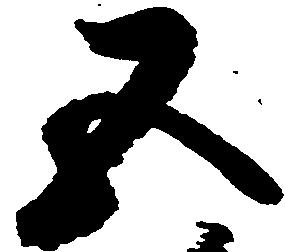
五